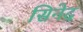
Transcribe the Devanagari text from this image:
सिनेद